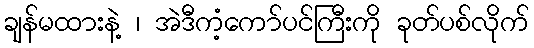
ချန်မထားနဲ့ ၊ အဲဒီကံ့ကော်ပင်ကြီးကို ခုတ်ပစ်လိုက်